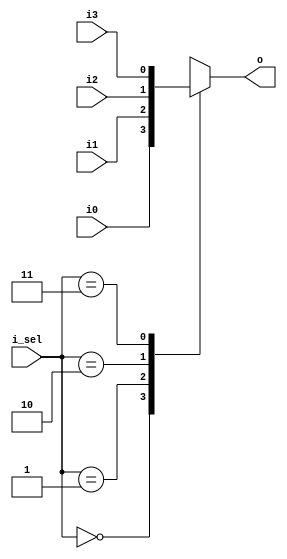
module mux4_1 (
    input i0,
    input i1,
    input i2,
    input i3,
    input [1:0] i_sel,
    output reg o
);

    always @(i0, i1, i2, i3, i_sel) begin
        case(i_sel)
            2'b00: o = i0;
            2'b01: o = i1;
            2'b10: o = i2;
            2'b11: o = i3;
            default: o = 2'bx;
        endcase
    end

endmodule